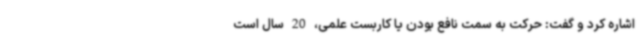
اشاره کرد و گفت: حرکت به سمت نافع بودن یا کاربست علمی، 20 سال است